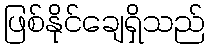
ဖြစ်နိုင်ချေရှိသည်